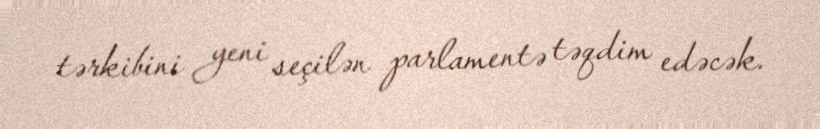
tərkibini yeni seçilən parlamentə təqdim edəcək.